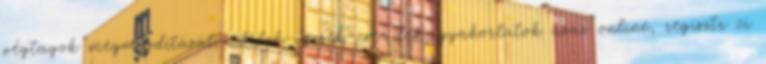
végtagok megmozdítását. Adok-veszek-cser lek, gyakorlatok azaz online, regisztr ci